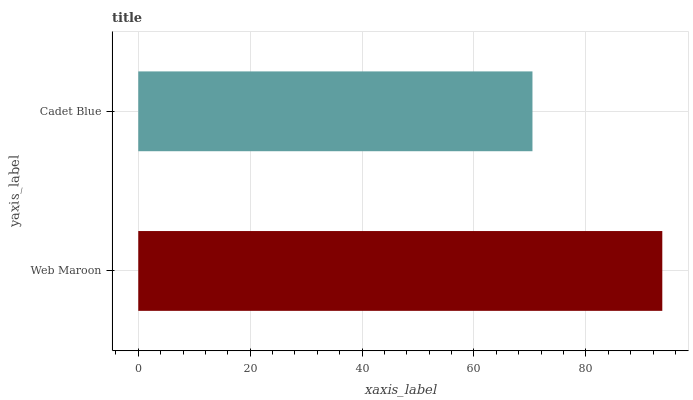
| yaxis_label | bars |
 | --- | --- |
 | Web Maroon | 93.7 |
 | Cadet Blue | 70.5 |